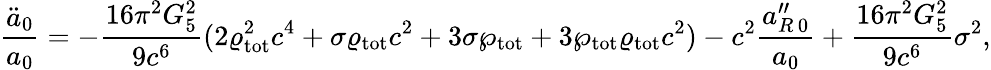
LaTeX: {\frac{\ddot{a}_{0}}{a_{0}}}=-{\frac{16\pi^{2}G_{5}^{2}}{9c^{6}}}(2\varrho_{\mathrm{tot}}^{2}c^{4}+\sigma\varrho_{\mathrm{tot}}c^{2}+3\sigma\wp_{\mathrm{tot}}+3\wp_{\mathrm{tot}}\varrho_{\mathrm{tot}}c^{2})-c^{2}{\frac{a_{R\, 0}^{\prime\prime}}{a_{0}}}+{\frac{16\pi^{2}G_{5}^{2}}{9c^{6}}}\sigma^{2},